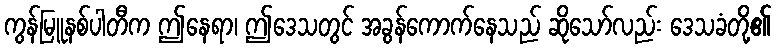
ကွန်မြူနစ်ပါတီက ဤနေရာ၊ ဤဒေသတွင် အခွန်ကောက်နေသည် ဆိုသော်လည်း ဒေသခံတို့၏